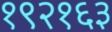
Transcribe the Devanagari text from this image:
१९२१६३